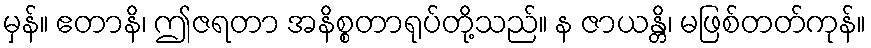
မှန်။ ဧတာနိ၊ ဤဇရတာ အနိစ္စတာရုပ်တို့သည်။ န ဇာယန္တိ၊ မဖြစ်တတ်ကုန်။